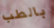
بالطب